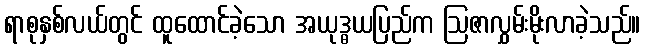
ရာစုနှစ်လယ်တွင် ထူထောင်ခဲ့သော အယုဒ္ဓယပြည်က ဩဇာလွှမ်းမိုးလာခဲ့သည်။